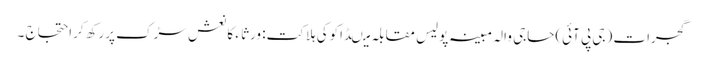
گجرات (جی پی آئی)حاجی والہ مبینہ پولیس مقابلہ میںڈاکوکی ہلاکت: ورثا ء کا نعش سڑک پررکھ کراحتجاج ۔